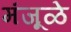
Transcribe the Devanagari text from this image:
मंजूळे